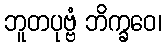
ဘူတပုဗ္ဗံ ဘိက္ခဝေ၊